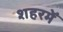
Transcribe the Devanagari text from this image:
शहरमेँ